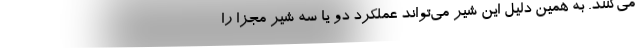
می‌کنند. به همین دلیل این شیر می‌تواند عملکرد دو یا سه شیر مجزا را